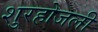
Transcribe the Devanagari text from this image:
शुरहोजली